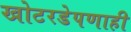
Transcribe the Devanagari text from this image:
खोटरडेपणाही